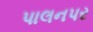
પાલનપર